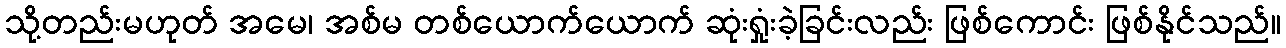
သို့တည်းမဟုတ် အမေ၊ အစ်မ တစ်ယောက်ယောက် ဆုံးရှုံးခဲ့ခြင်းလည်း ဖြစ်ကောင်း ဖြစ်နိုင်သည်။